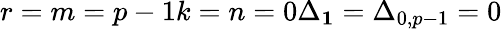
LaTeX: r=m=p-1k=n=0\Delta_{\mathbf 1}=\Delta_{0,p-1}=0